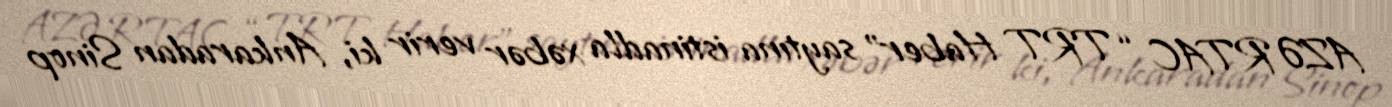
AZƏRTAC “TRT Haber” saytına istinadla xəbər verir ki, Ankaradan Sinop